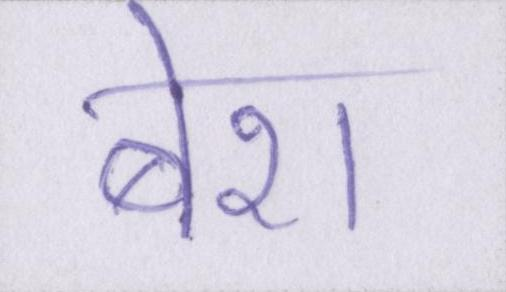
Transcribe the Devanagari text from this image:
बेश